Report on the working of the Ranchi Indian Mental Hospital, Kanke, in Bihar and Orissa - 1930-1940
Year: 1930
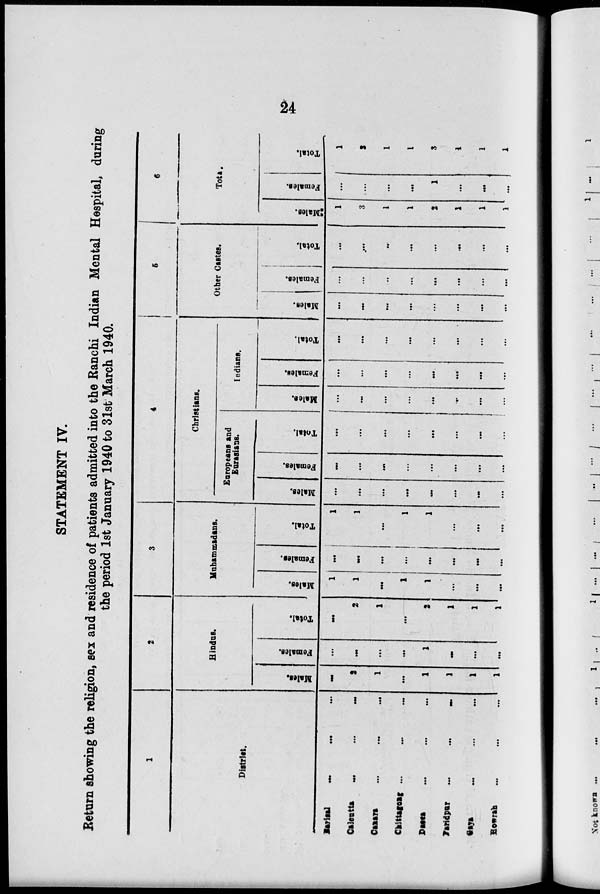
24
STATEMENT IV.
Return showing the religion, sex and residence of patients admitted into the Ranchi Indian Mental Hospital, during
the period 1st January 1940 to 31st March 1940.
1
District.
Barisal ... ... ...
Calcutta
...
...
...
Canara ... ... ...
Chittagong ... ... ...
Dacca
...
...
...
Faridpur
...
...
...
Gaya ... ... ...
Howrah
...
...
...
2
Hindus.
Males.
...
2
1
...
1
1
1
1
Females.
...
...
...
...
1
...
...
...
Total.
...
2
1
...
2
1
1
1
3
Muhammadans.
Males.
1
1
...
1
1
...
...
...
Females.
...
...
...
...
...
...
...
...
Total.
1
1
...
1
1
...
...
...
4
Christians.
Europeans and
Eurasians.
Males.
...
...
...
...
...
...
...
...
Females.
...
...
...
...
...
...
...
...
Total.
...
...
...
...
...
...
...
...
Indians.
Males.
...
...
...
...
...
...
...
...
Females.
...
...
...
...
...
...
...
...
Total.
...
...
...
...
...
...
...
...
5
Other Castes.
Males.
...
...
...
...
...
...
...
...
Females.
...
...
...
...
...
...
...
...
Total.
...
...
...
...
...
...
...
...
6
Total.
Males.
1
3
1
1
2
...
1
1
Females.
...
...
...
...
1
...
...
...
Total.
1
3
1
1
3
1
1
1